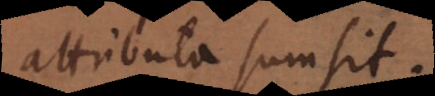
attributa sumsit.